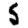
Digit: 5